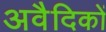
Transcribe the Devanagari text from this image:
अवैदिकों